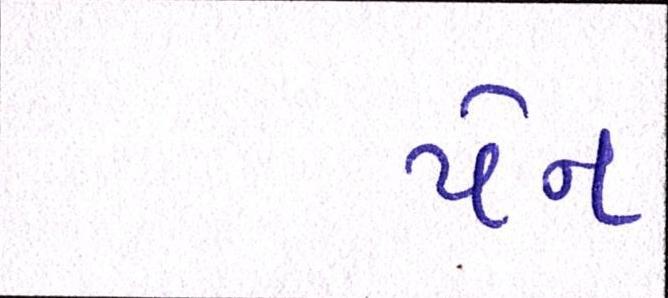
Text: પેન